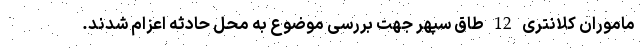
ماموران کلانتری 12 طاق سپهر جهت بررسی موضوع به محل حادثه اعزام شدند.